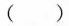
()